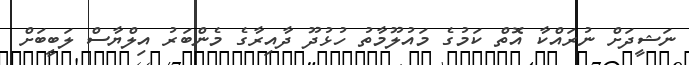
ނަޝީދަށް ނުރައްކާ އޮތް ކަމުގެ މައުލޫމާތު ހުޅުދޫ ދާއިރާގެ މެންބަރު އިލްޔާސް ލަބީބަށް